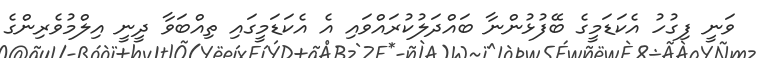
ވަނީ ފިގުހު އެކަޑަމީގެ ބޭފުޅުންނާ ބައްދަލުކުރައްވައި އެ އެކަޑަމީގައި ތިއްބަވާ ދީނީ އިލްމުވެރިންގެ